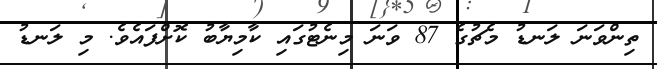
ތިންވަނަ ލަނޑު މެޗުގެ 87 ވަނަ މިނެޓުގައި ކާމިޔާބު ކޮށްފައެވެ. މި ލަނޑު